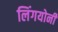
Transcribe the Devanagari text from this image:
लिंगयोनी